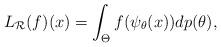
LaTeX: \begin{align*} L_{\mathcal{R}}(f)(x)=\int_{\Theta} f(\psi_{\theta}(x)) dp(\theta),\end{align*}